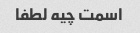
اسمت چیه لطفا